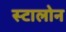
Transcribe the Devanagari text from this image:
स्टालोन